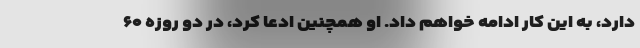
دارد، به این کار ادامه خواهم داد. او همچنین ادعا کرد، در دو روزه ۶۰